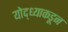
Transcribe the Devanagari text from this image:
योद्ध्याकडून